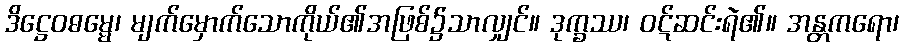
ဒိဋ္ဌေဝဓမ္မေ၊ မျက်မှောက်သောကိုယ်၏အဖြစ်၌သာလျှင်။ ဒုက္ခဿ၊ ဝဋ်ဆင်းရဲ၏။ အန္တကရော၊